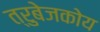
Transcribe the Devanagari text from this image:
त्रुबेजकोय